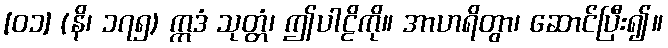
[၀၁] (နိ၊ ၁၇၅) ဣဒံ သုတ္တံ၊ ဤပါဠိကို။ အာဟရိတွာ၊ ဆောင်ပြီး၍။